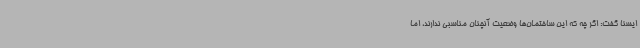
ایسنا گفت: اگر چه که این ساختمان‌ها وضعیت آنچنان مناسبی ندارند، اما